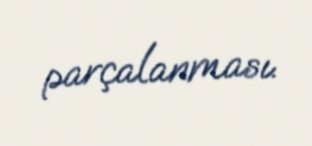
parçalanması.